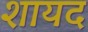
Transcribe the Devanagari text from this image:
शायद